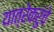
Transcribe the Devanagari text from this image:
यात्रेकरुंचे